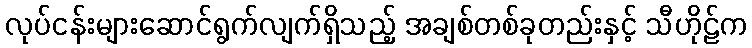
လုပ်ငန်းများဆောင်ရွက်လျက်ရှိသည့် အချစ်တစ်ခုတည်းနှင့် သီဟိုဠ်က